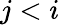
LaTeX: j<i